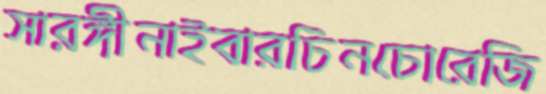
সারঙ্গীনাইবারচিনচোরেজি